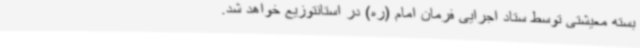
بسته معیشتی توسط ستاد اجرایی فرمان امام (ره) در استانتوزیع خواهد شد.